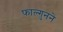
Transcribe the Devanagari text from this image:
फाल्गुनने